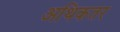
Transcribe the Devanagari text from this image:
अथिकतर